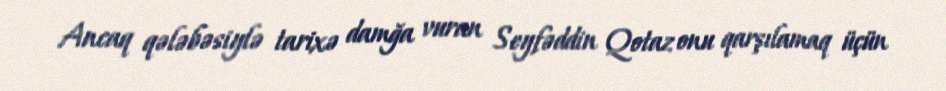
Ancaq qələbəsiylə tarixə damğa vuran Seyfəddin Qotaz onu qarşılamaq üçün